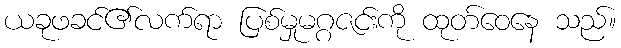
ယခုဖခင်၏လက်ရာ ပြစ်မှုမဂ္ဂဇင်းကို ထုတ်ဝေနေ သည်။